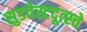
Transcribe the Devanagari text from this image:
सुडवेस्टदूत्स्चे